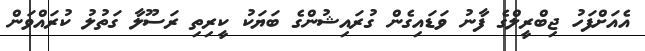
އެއަށްފަހު ޖިބްރީލްގެ ފާނު ވަޑައިގެން ގުރައިޝުންގެ ބަޔަކު ކީރިތި ރަސޫލާ ގަތުލު ކުރައްވަން